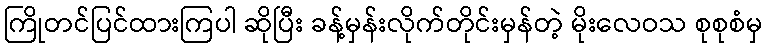
ကြိုတင်ပြင်ထားကြပါ ဆိုပြီး ခန့်မှန်းလိုက်တိုင်းမှန်တဲ့ မိုးလေဝသ စုစုစံမှ